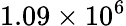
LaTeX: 1.09\times 10^{6}